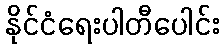
နိုင်ငံရေးပါတီပေါင်း